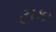
ટાકા